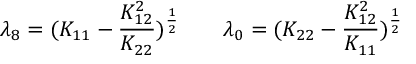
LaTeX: \lambda _ { 8 } = ( K _ { 1 1 } - { \frac { K _ { 1 2 } ^ { 2 } } { K _ { 2 2 } } } ) ^ { \frac { 1 } { 2 } } \qquad \lambda _ { 0 } = ( K _ { 2 2 } - { \frac { K _ { 1 2 } ^ { 2 } } { K _ { 1 1 } } } ) ^ { \frac { 1 } { 2 } }